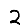
Digit: 2